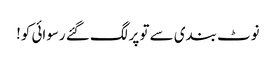
نوٹ بندی سے تو پر لگ گئے رسوائی کو!